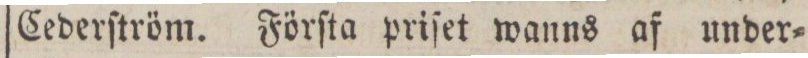
Cederſtröm. Förſta priſet wanns af under=